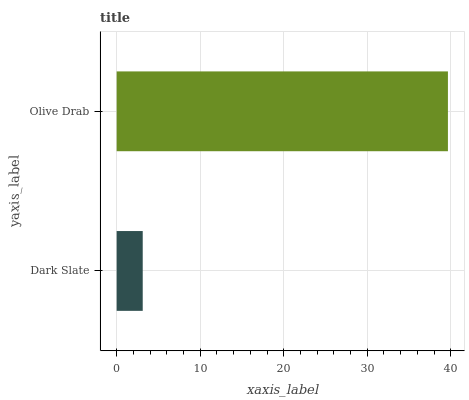
| yaxis_label | bars |
 | --- | --- |
 | Dark Slate | 3.12 |
 | Olive Drab | 39.7 |